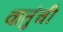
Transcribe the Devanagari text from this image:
वातुंची